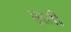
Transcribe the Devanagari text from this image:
ब़ाती